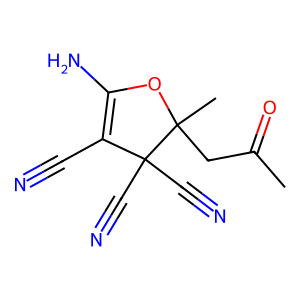
SMILES: CC(=O)CC1(C)OC(N)=C(C#N)C1(C#N)C#N
Inhibits HIV replication: No